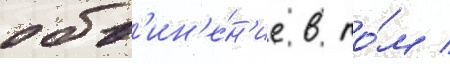
обв'ин'е́н'ие в то́м /